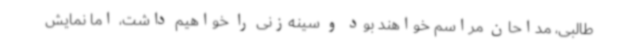
طالبی، مداحان مراسم خواهند بود و سینه‌زنی را خواهیم داشت، اما نمایش